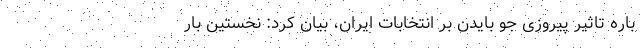
باره تاثیر پیروزی جو بایدن بر انتخابات ایران، بیان کرد: نخستین بار